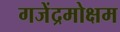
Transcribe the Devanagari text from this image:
गजेंद्रमोक्षम